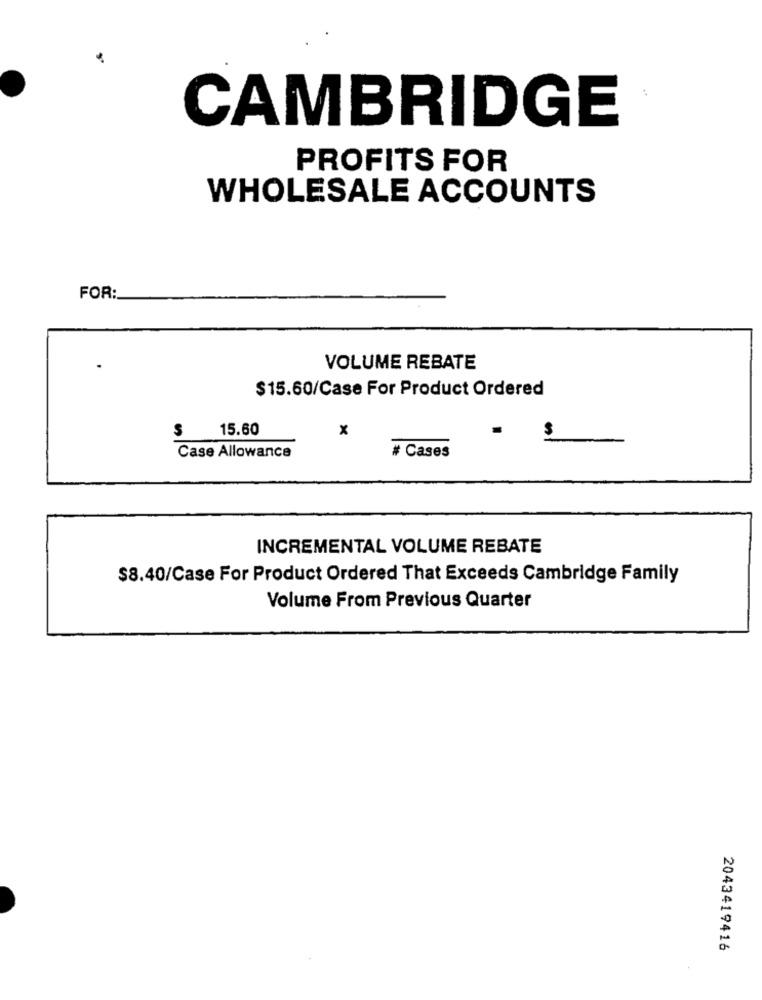
CAMBRIDGE
PROFITS FOR
WHOLESALE ACCOUNTS
FOR:
VOLUME REBATE
$15.60/Case For Product Ordered
S
15.60
x
Case Allowance
# Cases
INCREMENTAL VOLUME REBATE
$8.40/Case For Product Ordered That Exceeds Cambridge Family
Volume From Previous Quarter
2043419416